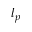
l _ { p }